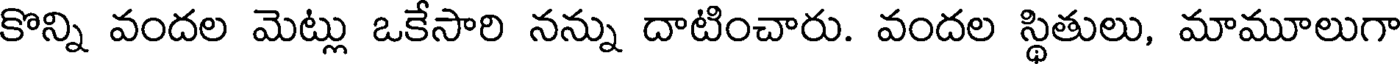
కొన్ని వందల మెట్లు ఒకేసారి నన్ను దాటించారు. వందల స్థితులు, మామూలుగా